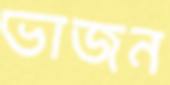
ভাজন